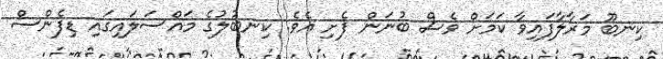
ކިނބޫ މަރާލާފައިވާ ކަމަށް ވެސް ބުނަން ފެށި އެވެ. ކިނބުލުގެ މައްސަލައިގައި ޑިފެންސް